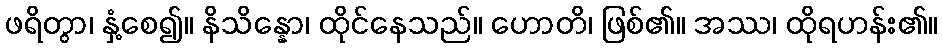
ဖရိတွာ၊ နှံ့စေ၍။ နိသိန္နော၊ ထိုင်နေသည်။ ဟောတိ၊ ဖြစ်၏။ အဿ၊ ထိုရဟန်း၏။